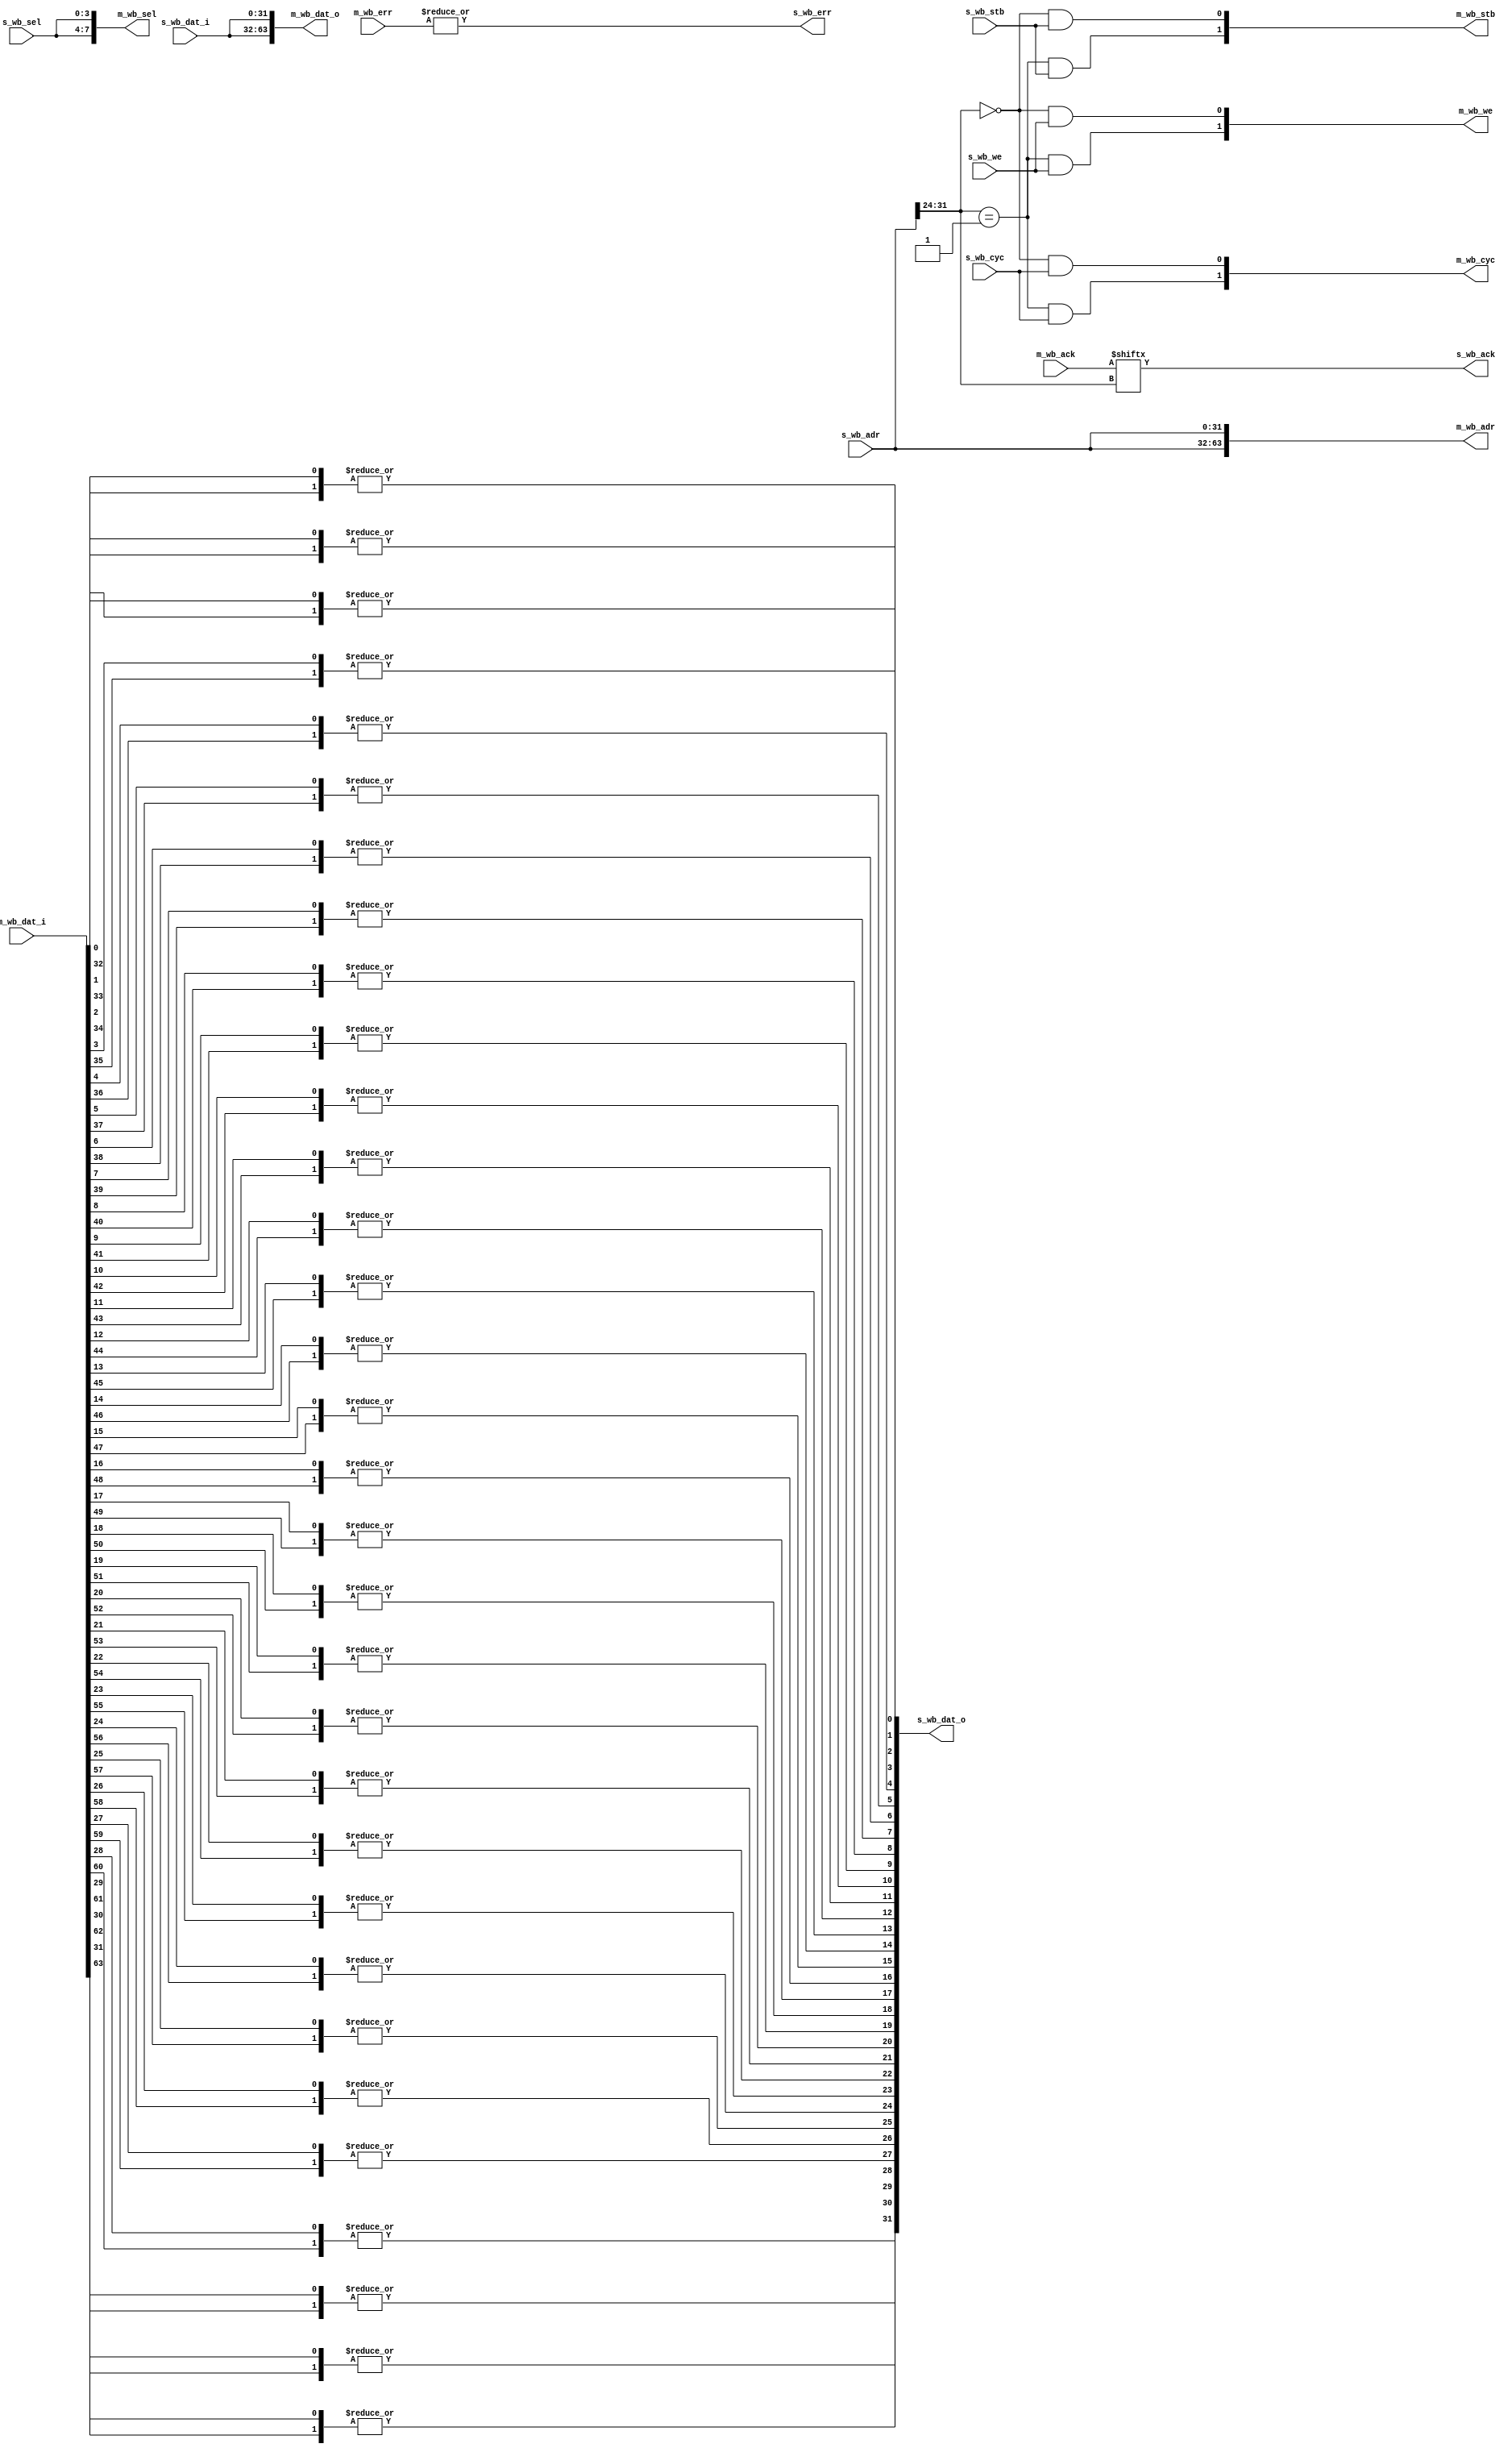
module wb_crossbar #( parameter
    MSK = 24, //use high 32-24 = 8 for address selection
    NS  = 2,
    AW  = 32,
    DW  = 32,
    SW  = DW >> 3
) (
    output      [AW*NS-1:0]     m_wb_adr,
    output      [SW*NS-1:0]     m_wb_sel,
    output         [NS-1:0]     m_wb_we,
    input       [DW*NS-1:0]     m_wb_dat_i,
    output      [DW*NS-1:0]     m_wb_dat_o,
    output         [NS-1:0]     m_wb_cyc,
    output         [NS-1:0]     m_wb_stb,
    input          [NS-1:0]     m_wb_ack,
    input          [NS-1:0]     m_wb_err,
    
    input          [AW-1:0]     s_wb_adr,
    input          [SW-1:0]     s_wb_sel,
    input                       s_wb_we,
    input          [DW-1:0]     s_wb_dat_i,
    output         [DW-1:0]     s_wb_dat_o,
    input                       s_wb_cyc,
    input                       s_wb_stb,
    output                      s_wb_ack,
    output                      s_wb_err                  
);

    localparam SEW = AW - MSK;
    wire [SEW-1:0] addr_select = s_wb_adr[AW-1:MSK];
    
    genvar g;
    generate
        for (g=0;g<NS;g=g+1) begin : g_NS
            wire en = addr_select == g;
            assign m_wb_adr[AW*(g+1)-1:AW*g] = s_wb_adr;
            assign m_wb_sel[SW*(g+1)-1:SW*g] = s_wb_sel;
            assign m_wb_we[g] = en & s_wb_we;
            assign m_wb_dat_o[DW*(g+1)-1:DW*g] = s_wb_dat_i;
            assign m_wb_cyc[g] = en & s_wb_cyc;
            assign m_wb_stb[g] = en & s_wb_stb;
        end
    endgenerate
    
    assign s_wb_err = |m_wb_err;
    assign s_wb_ack = m_wb_ack[addr_select];
    
    wire [NS-1:0] data_rot [DW-1:0];
    
    genvar x,y;
    generate
        for (x=0;x<DW;x=x+1) begin : x_DW   
            for (y=0;y<NS;y=y+1) begin : y_NS
                assign data_rot[x][y] = m_wb_dat_i[y*DW+x];
            end
            assign s_wb_dat_o[x] = |data_rot[x];
        end
    endgenerate
    
endmodule